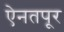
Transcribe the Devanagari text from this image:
ऐनतपूर